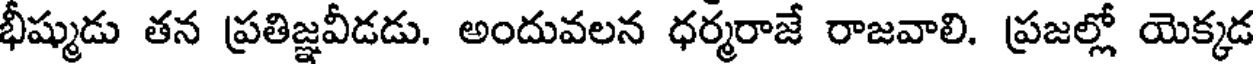
భీష్ముడు తన ప్రతిజ్ఞవీడడు. అందువలన ధర్మరాజే రాజవాలి. ప్రజల్లో యెక్కడ